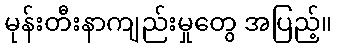
မုန်းတီးနာကျည်းမှုတွေ အပြည့်။